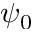
\psi _ { 0 }